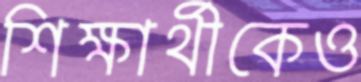
শিক্ষার্থীকেও